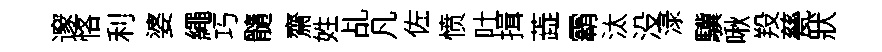
邃恪利婆繩巧髓齋姓乩凡佐愤吐揖蕋霸汰没渌驥啾羖甆狀